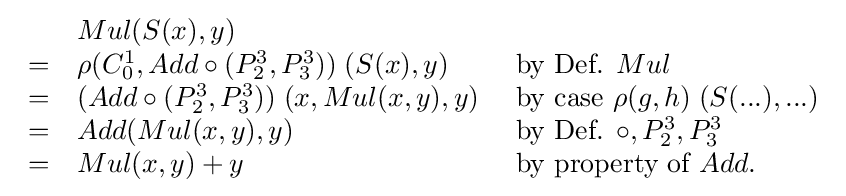
{\begin{array}{lll}&Mul(S(x),y)\\=&\rho (C_{0}^{1},Add\circ (P_{2}^{3},P_{3}^{3}))\;(S(x),y)&{\text{ by Def. }}Mul\\=&(Add\circ (P_{2}^{3},P_{3}^{3}))\;(x,Mul(x,y),y)&{\text{ by case }}\rho (g,h)\;(S(...),...)\\=&Add(Mul(x,y),y)&{\text{ by Def. }}\circ ,P_{2}^{3},P_{3}^{3}\\=&Mul(x,y)+y&{\text{ by property of }}Add.\\\end{array}}